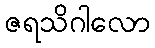
ဇရသိဂါလော